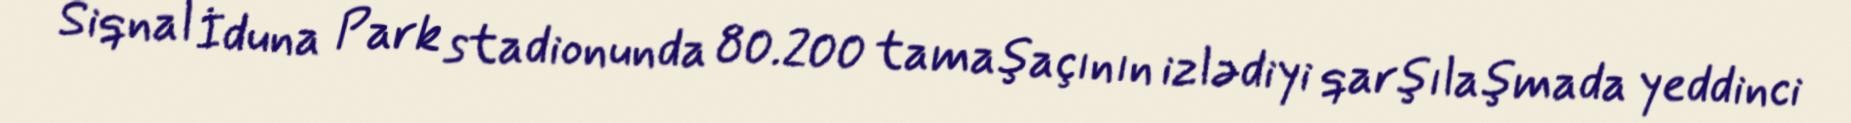
Siqnal İduna Park stadionunda 80.200 tamaşaçının izlədiyi qarşılaşmada yeddinci